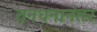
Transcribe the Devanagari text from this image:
तनधनानंतर